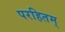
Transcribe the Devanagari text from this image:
परहितम्